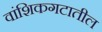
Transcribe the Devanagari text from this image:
वांशिकगटातील